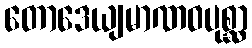
တောဒေယျမာဏဝပုစ္ဆာ